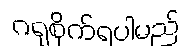
ဂရုစိုက်ရပါမည်